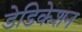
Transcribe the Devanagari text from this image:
डेडिकेशन